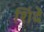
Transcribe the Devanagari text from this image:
शिँदे